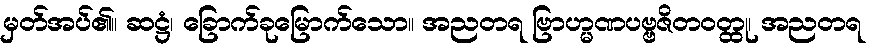
မှတ်အပ်၏။ ဆဋ္ဌံ၊ ခြောက်ခုမြောက်သော။ အညတရ ဗြာဟ္မဏပဗ္ဗဇိတဝတ္ထု၊ အညတရ